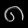
Digit: ၈